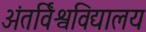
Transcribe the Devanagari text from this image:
अंतर्विश्वविद्यालय